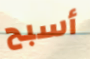
أسبح